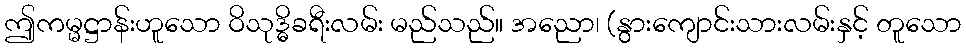
ဤကမ္မဋ္ဌာန်းဟူသော ဝိသုဒ္ဓိခရီးလမ်း မည်သည်။ အညော၊ (နွားကျောင်းသားလမ်းနှင့် တူသော